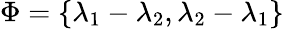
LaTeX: \Phi=\{ \lambda_{1}-\lambda_{2},\lambda_{2}-\lambda_{1}\}